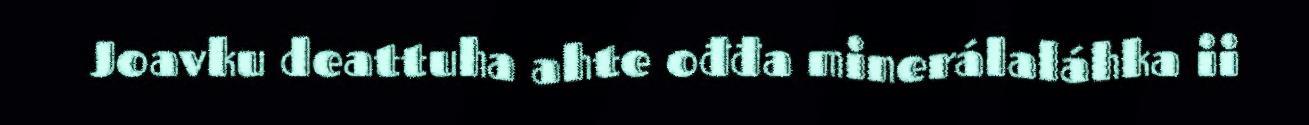
Joavku deattuha ahte ođđa minerálaláhka ii